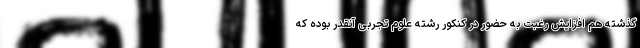
گذشته هم افزایش رغبت به حضور در کنکور رشته علوم تجربی آنقدر بوده که